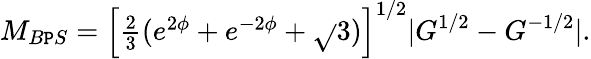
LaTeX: M_{B\mathtt{P}S}=\left[\textstyle{\frac{{2}}{{3}}}(e^{2\phi}+e^{-2\phi}+\sqrt{}{{3}})\right]^{1/2}|G^{1/2}-G^{-1/2}|.